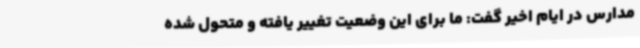
مدارس در ایام اخیر گفت: ما برای این وضعیت تغییر یافته و متحول شده